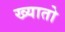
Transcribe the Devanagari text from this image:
ख्यातो